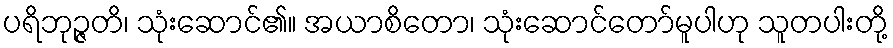
ပရိဘုဉ္ဇတိ၊ သုံးဆောင်၏။ အယာစိတော၊ သုံးဆောင်တော်မူပါဟု သူတပါးတို့